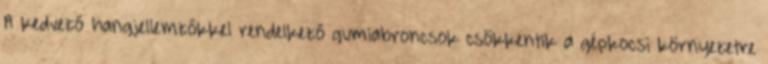
A kedvező hangjellemzőkkel rendelkező gumiabroncsok csökkentik a gépkocsi környezetre